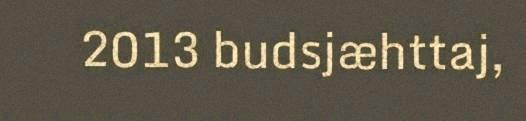
2013 budsjæhttaj,